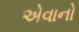
એવાનો